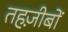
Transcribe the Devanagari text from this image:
तहज़ीबों